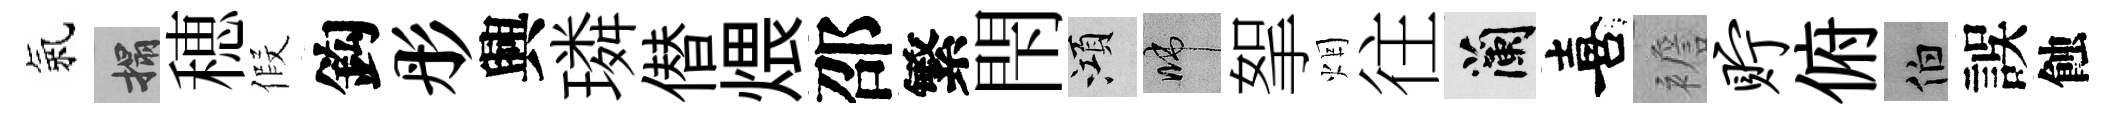
氣搨穂假鈎彤興璘僣煨邵繁閇澒啼挐烟往蘭喜襜贮俯伯誤蝕